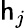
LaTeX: \mathsf{h}_{j}